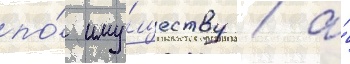
по́ иму́ществу / а́